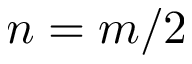
n = m / 2